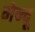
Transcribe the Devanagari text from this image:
मेन्दू